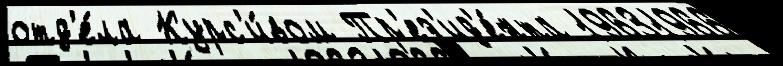
отд'е́ла Курс'и́вом Пр'ез'ид'е́нта 19631966